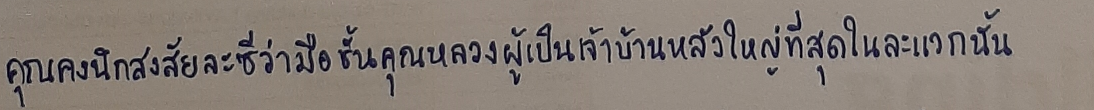
คุณคงนึกสงสัยละซีว่ามือชั้นคุณหลวงผู้เป็นเจ้าบ้านหลังใหญ่ที่สุดในละแวกนั้น